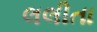
લલીતા